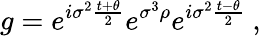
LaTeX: g=e^{i\sigma^{2}\frac{t+\theta}{2}}e^{\sigma^{3}\rho}e^{i\sigma^{2}\frac{t-\theta}{2}}~,